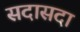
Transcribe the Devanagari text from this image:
सदासदा